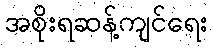
အစိုးရဆန့်ကျင်ရေး